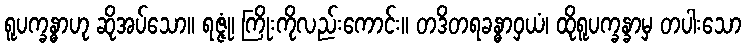
ရူပက္ခန္ဓာဟု ဆိုအပ်သော။ ရဇ္ဇုံ၊ ကြိုးကိုလည်းကောင်း။ တဒိတရခန္ဓာဝှယံ၊ ထိုရူပက္ခန္ခာမှ တပါးသော